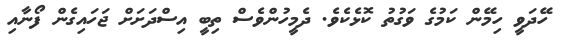
ހޭދަވީ ހިމޭން ކަމުގެ ވަގުތު ކޮޅެކެވެ. ދެމީހުންވެސް ތިބީ އިސްދަށަށް ޖަހައިގެން ފޯނާއި